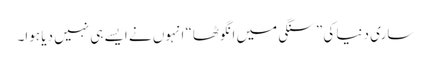
ساری دنیا کی ”سنگی میں انگوٹھا“ انہوں نے ایسے ہی نہیں دیا ہوا۔